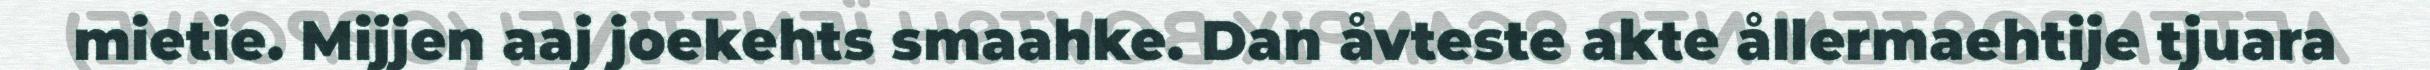
mietie. Mijjen aaj joekehts smaahke. Dan åvteste akte ållermaehtije tjuara